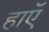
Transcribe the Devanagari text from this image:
हाएॅ